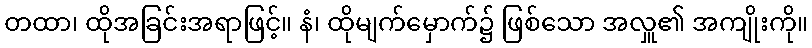
တထာ၊ ထိုအခြင်းအရာဖြင့်။ နံ၊ ထိုမျက်မှောက်၌ ဖြစ်သော အလှူ၏ အကျိုးကို။